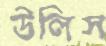
উলিস